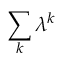
\sum _ { k } \lambda ^ { k }